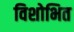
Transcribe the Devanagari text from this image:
विशोभित